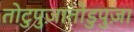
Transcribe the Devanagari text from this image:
तोटुपुज़ातोडुपुज़ा